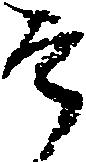
そ